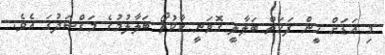
މި އަޑަށް ހީން ފަހަތް ބަލާލީ ގޮވަނީ ކާކުތޯ ބަލާލުމުގެ މަގްސަދުގަ އެވެ.